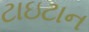
ટાઇટાન